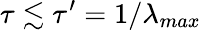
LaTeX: \tau\lesssim\tau^{\prime}=1/\lambda_{max}